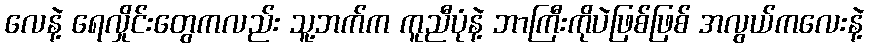
လေနဲ့ ရေလှိုင်းတွေကလည်း သူ့ဘက်က ကူညီပုံနဲ့ ဘာကြီးကိုပဲဖြစ်ဖြစ် အလွယ်ကလေးနဲ့